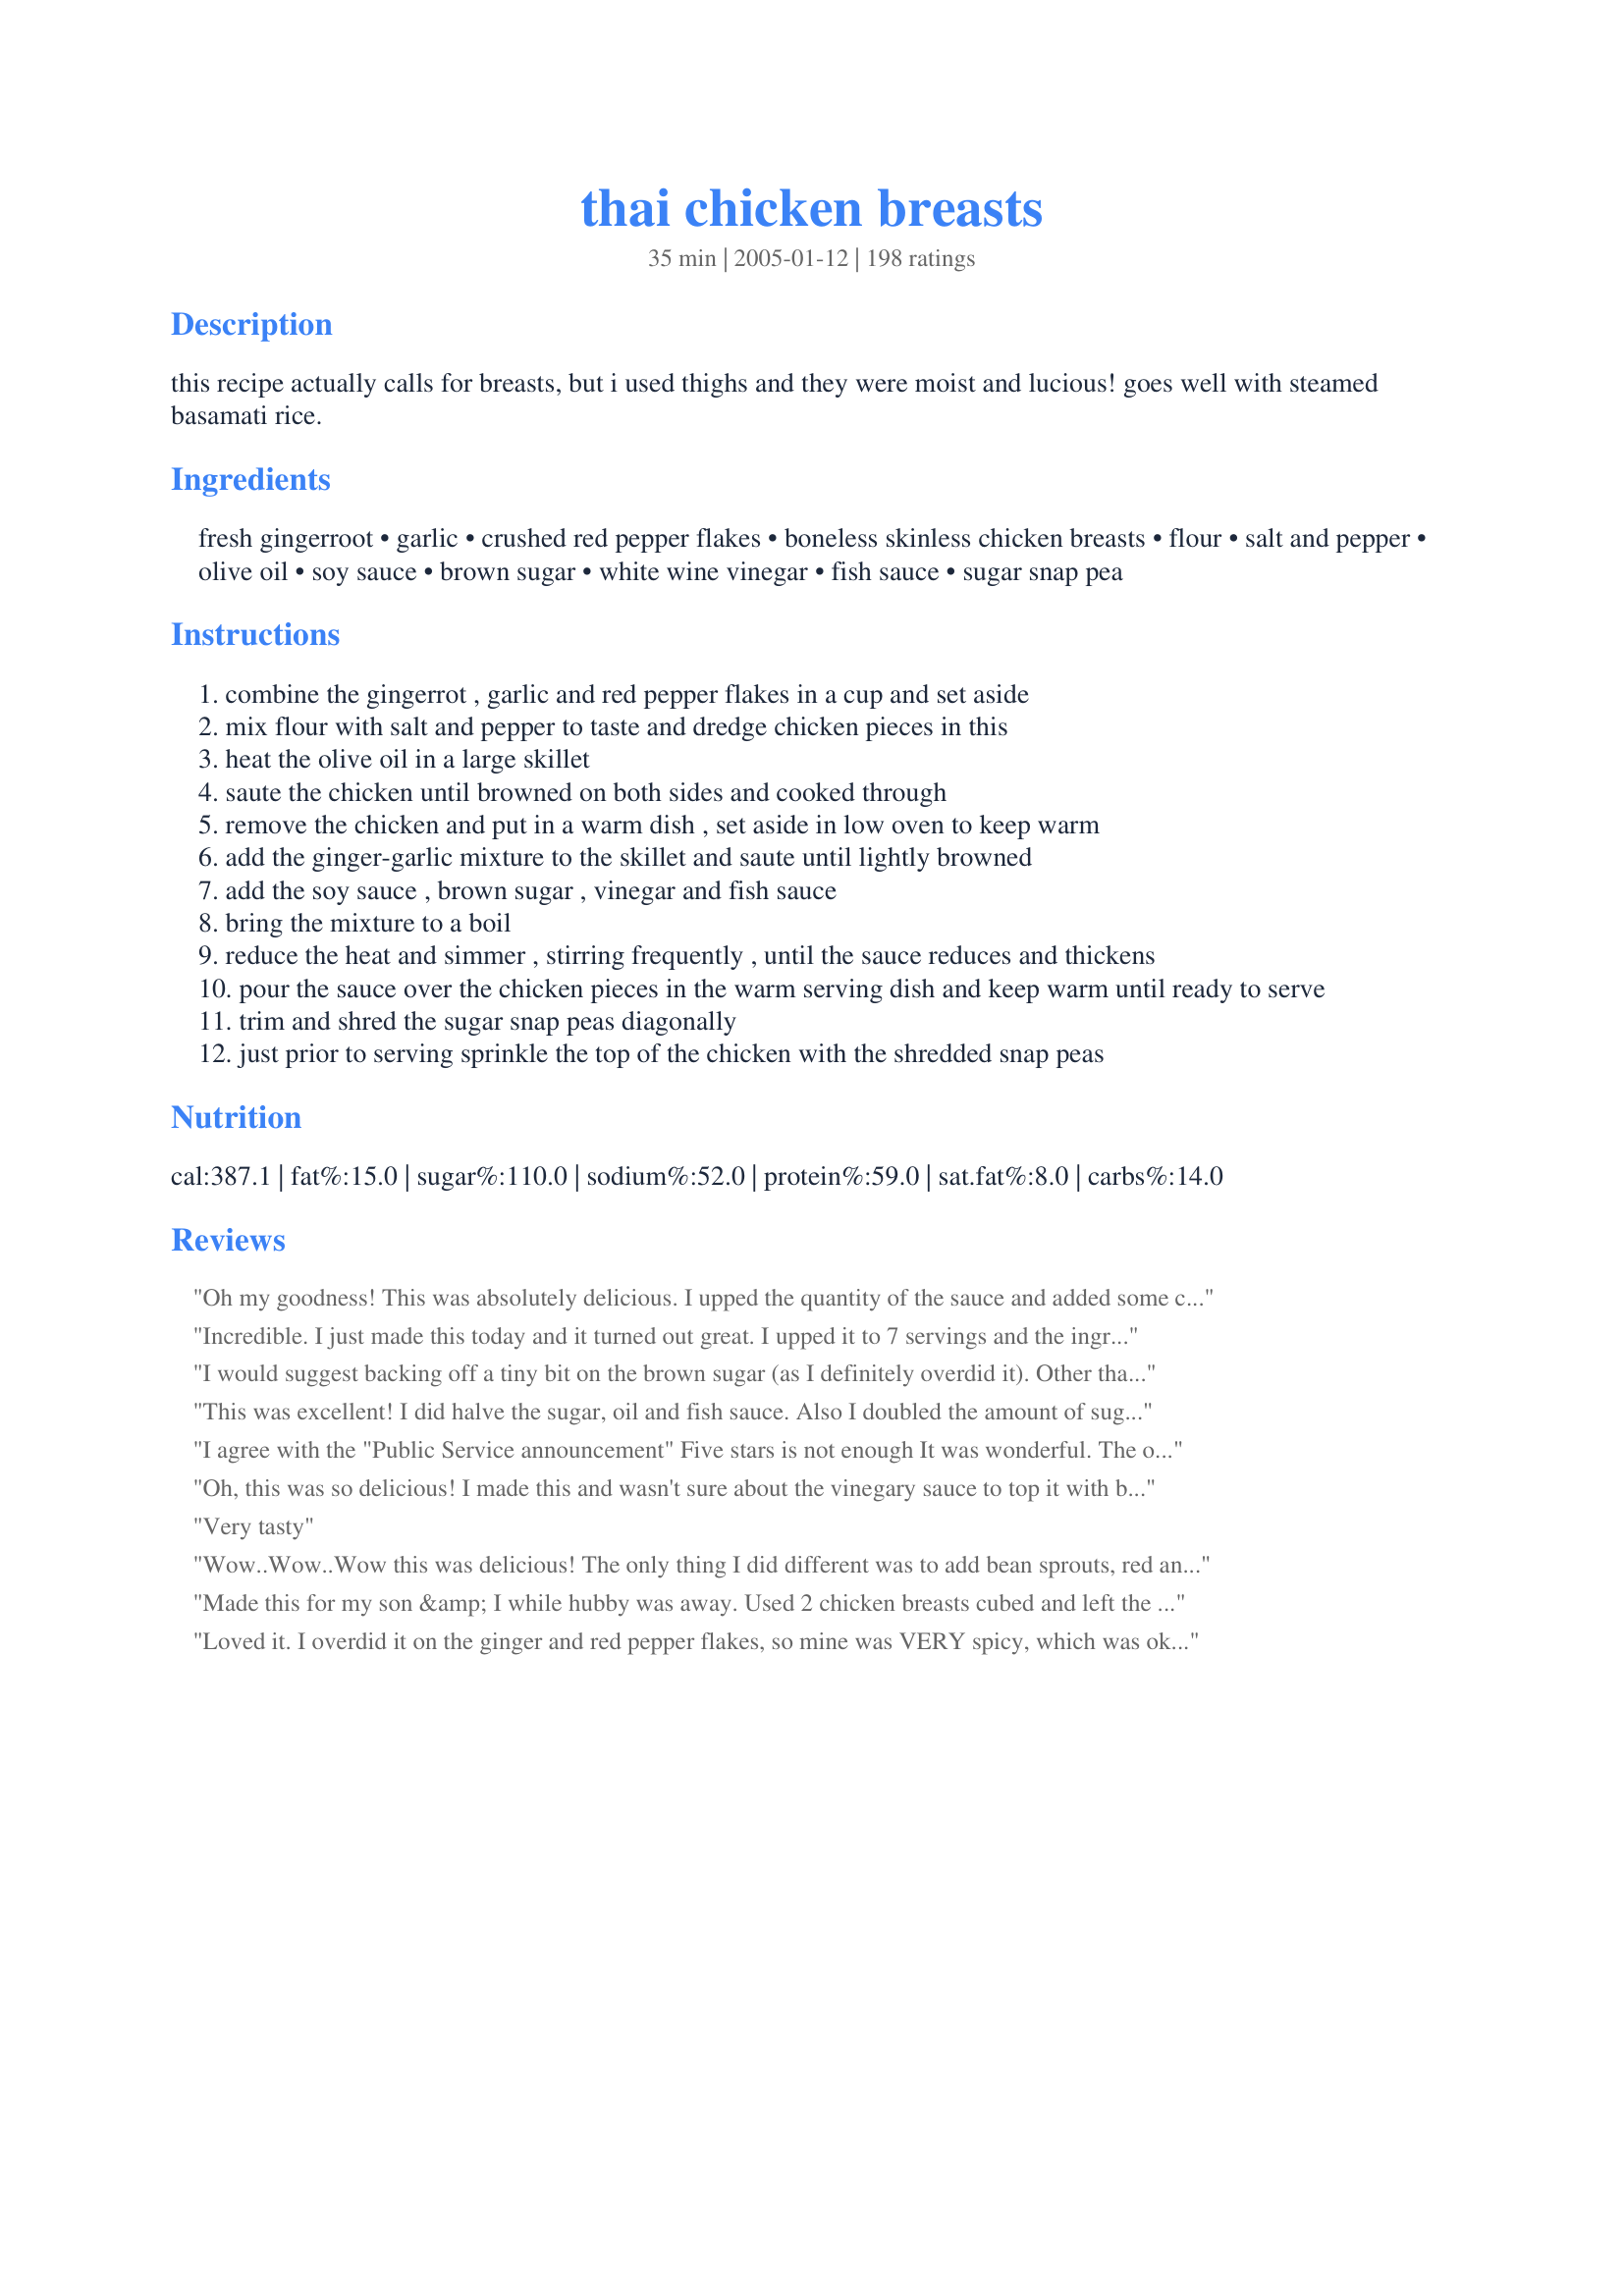
thai chicken breasts
Preparation time: 35 minutes

this recipe actually calls for breasts, but i used thighs and they were moist and lucious! goes well with steamed basamati rice.

Ingredients:
fresh gingerroot, garlic, crushed red pepper flakes, boneless skinless chicken breasts, flour, salt and pepper, olive oil, soy sauce, brown sugar, white wine vinegar, fish sauce, sugar snap pea

Steps:
combine the gingerrot , garlic and red pepper flakes in a cup and set aside
mix flour with salt and pepper to taste and dredge chicken pieces in this
heat the olive oil in a large skillet
saute the chicken until browned on both sides and cooked through
remove the chicken and put in a warm dish , set aside in low oven to keep warm
add the ginger-garlic mixture to the skillet and saute until lightly browned
add the soy sauce , brown sugar , vinegar and fish sauce
bring the mixture to a boil
reduce the heat and simmer , stirring frequently , until the sauce reduces and thickens
pour the sauce over the chicken pieces in the warm serving dish and keep warm until ready to serve
trim and shred the sugar snap peas diagonally
just prior to serving sprinkle the top of the chicken with the shredded snap peas

Reviews:
Oh my goodness! This was absolutely delicious. I upped the quantity of the sauce and added some chopped coriander and spring onions with the sugar snap peas. This is a definite keeper MarieAlice. Thank you!
Incredible. I just made this today and it turned out great. I upped it to 7 servings and the ingredients worked out fine. Like others have said, this dish deserves more than 5 stars.
I would suggest backing off a tiny bit on the brown sugar (as I definitely overdid it). Other than that, a delicious meal!
This was excellent! I did halve the sugar, oil and fish sauce. Also I doubled the amount of sugar snap peas. But there was still enough sauce to coat the chicken, peas and rice generously.

This dish does taste quite a bit like the much-loved Bourbon Chicken recipe on recipezaar. I love Bourbon Chicken but I think I like this dish even more!
I agree with the "Public Service announcement" Five stars is not enough It was wonderful. The only thing i did different was i used habanero chile instead of the red pepper flakes. This is definitely a keeper.
Oh, this was so delicious! I made this and wasn't sure about the vinegary sauce to top it with but it was so good. We loved it and the only thing wrong with it was that we didn't double the recipe. Thank you so much for sharing this with us it was delicious!!!
Very tasty
Wow..Wow..Wow this was delicious! The only thing I did different was to add bean sprouts, red and green peppers and then I combined all in the sauce and served. This was delicious and a definite keeper. First time using the fish sauce and was really impressed with it. Thanks Marie Alice for posting....will be on my exceptional recipe list....
Made this for my son &amp; I while hubby was away. Used 2 chicken breasts cubed and left the recipe as is for extra sauce. Did include the fish sauce (this is the ingredient that you don&#039;t want to miss in Thai food). We both loved it and my son asked if he could take the left overs for his lunch at school. Will definitely go on our regular list of dishes to make.
Loved it. I overdid it on the ginger and red pepper flakes, so mine was VERY spicy, which was okay, but it overpowered everything else. Still I will make again, as directed! I used peanut oil instead of olive oil. Did not have fish sauce, but I bet that would be good. Also did not have white wine vinegar, so I used cider vinegar. Good stuff, thanks!
This was pretty easy to put together. Good flavor and textures. I would probably want to double the sauce next time as there wasn't much to go around. Thanks for posting. This is something I would make again.
Bravo. I was looking for a replacedment to my bourbon chicken recipe and this is it. The sauce is very mouthwatering and the chicken was nice and crispy. what made the dish for me was the sliced snap peas which added an extra dimension of texture and fresh garden flavor.
Great recipe! I added extra red pepper flakes in mine as well. While my sauce was thickening I put the chicken in the oven for about 15 minutes at 350. Was very juicy. I have to admit, I was a little nervous when my eyes started watering when the ginger hit the pan, but the chicken was a winner in my house...even with the eight year old!
Whoever reviewed this and screamed, "MAKE IT!" was absolutely right. This was wonderful! Extremely yummy! I used a LOT more ginger and probably half again as much garlic, and it was great. I did use the anchovy paste, and think it made a difference. I'm just glad I made a huge batch (3 pounds of breasts and thighs) so we have leftovers for the next few days .... I didn't pound the chicken, but cut it up into bite-sized pieces. Thank you so much for posting this!
So simple and so tasty!!! Will definitely be making it again and again! I didn't pound the chicken, just sliced it instead. Otherwise, followed it to the letter, using fish sauce.
Very good! I doubled the sauce recipe because I used 5 large chicken breasts from Costco. The small amount that was left after dinner was cut up and and thrown into the leftover noodles with spicy peanut sauce the next day. My kids loved it!
Oh man! This is absolutely awesome! Definitely deserving of more than 5 stars. I doubled the sauce so there was plenty to pour over the rice. I can't say enough how insanely delicious this is. This is definitely going into my regular rotation. Thanks for posting!
Thanks to I Recommend Tag Game I came across this recipe to try. To us this recipes is worth trying! Very easy to make in no time at all. The raw snow peas complimented this dish. Looking forward to trying this dish again.
This was very nice! I liked it a lot and the kids did too. I used a whole bag of skinless boneless flash frozen thighs from Trader Joe's and had enough flour coating and sauce. I cut the chicken into bite size pieces for this and I sprinkled with chopped scallions before serving. It was tangy for sure and we served it with rice too. Thanks for a different chicken dish!
Delicious! My husband even commented the next day how good it was. I used ground ginger (1 tsp) because I didn't have fresh. I doubled the sauce as suggested by many. My company thought they would cut the chicken breasts into bite sauce pieces so more of the chicken would be in sauce! Thank you again for a "keeper".
Such a strong flavorful recipe! Must double the recipe as others mentioned otherwise you will not have enough sauce which makes the recipe. I don't like ginger so we omitted it but didn't make a difference. If you like spicy food, than you can be generous with the red pepper flakes. The snap peas are a nice touch which I threw into the sauce just a few minutes before it was ready. Served with white rice which is a nice balance.
We just went to a thai restaurant last week - this was just as good! Everyone loved it and raved about it! Amazing! I used ground ginger (1 TBS) and cut the chicken up into bite sized pieces and stirred those around in the sauce, served over rice.
I loved this meal. It was quick and easy. I made extra sauce and made rice noodles with it. This is going in the keeper file.
Very good. I took advice from other reviewers and cut up the chicken breast into bite-sized pieces and doubled the sauce. Also, I find that chicken breast can get dry and tough when fried, so I changed the cooking procedure to this recipe by first sauteing the chicken pieces and then adding the remaining ingredients directly into the frying pan with the chicken still in the pan. I boiled down the sauce and stirred the chicken in the sauce frequently. That worked out well, as the chicken pieces absorbed some of the sauce and were fork-tender when done. My kids and husband asked me to make this recipe again. There is something missing to this sauce, though--maybe pineapple or orange juice? I'll be making this again and will find out. I served this meal with white rice and black beans (the Goya recipe on the back of the Goya black beans can; it's the best black bean recipe). I will use this recipe often!
Fabulous! It looked yummy and my DH really loved it! Easy and quick, this is a winner! Thank you MaryAlice! I'm glad you were in my group for Photo Swap#4!
Absolutely delicious! I took other reviewers' suggestions and substituted green onions, sliced diagonally, for the sugar snap peas. I served these over jasmine rice with a side of edamame. I'll be making this dish regularly from now on.
We devoured this chicken! I'd like to be interesting and say I changed a bunch of things but I didn't change one thing! This will be made a lot in our home from now on! Thanks for posting a keeper!
I had this recipe in my box for a very long time and finally got around to making it tongiht. It was delicious! I didn't have any fresh ginger so I had to use a little more than 1/4 teaspoon dried. Also I didn't have white wine vinegar or sugar snap peas. I substituted Korean apple vinegar and served broccoli on the side. We all loved it! Thank you!
Excellent dish - bright, bold flavors and easy to make. We also made Jasmine Rice and it was a big hit with DH. I blanched the sugar snap peas as we don't care for them raw, and they were a very nice addition. I'll probably try just a little less vinegar next time, but it was very good as written. Thanks for a great addition to our weeknight dinner repetoire! KK
This was just wonderful! I have been instructed by my dh to keep this recipe close at hand. Thank you very much for a recipe we are sure to make again & again.
Not lacking any flavor that is for sure. We just didn't particularly care for the flavor and found it to be a bit overwhelming. But I will try this again making some adjustments to tone it down some. Thanks!
Very good! DH and I completely enjoyed this, I will be adding this to the rotation.
Very easy and VERY good! Thank you!!
-=Public Service Announcement=- If you come across this recipe - MAKE IT! MarieAlice - 5 stars are not enough! It is the perfect blend of sweet and sour. Impressive to serve and easy to prepare. I made the recipe with chicken breasts and served it over Pandan rice. The only replacement I made was with the white wine vinegar - I substituted that with my own homemade Ginger Vinegar. There is not much more I can say about this recipe except that is was just delicious and will become a standard dish made in our kitchen.
Wow!! This is a great recipe.
Went together easily and tasted
sooooo good. Thanks Marie Alice!!
Too sour for us so I'll be using only 1/4 cup of vinegar the next time.
I essentially followed the recipe, doubling the sauce. Chicken was very tender, but I didn't love the sauce. I think less sugar--and I like things sweet, and less vinegar, if I make it again, which I doubt. It was a fair amount of work and there are better meals for the effort.
Delicious! The chicken was perfect. I forgot about the sauce for a little while though so it thickened to a glaze which was absolutely amazing once I thinned it just slightly with a tablespoon or so of water. Fantastic.
Very good!
I did add just a bit more red pepper, not much, but I like spicy. However, the overall taste didn't change at all. I though it was very good. Followed exact except for the garnish of the peas. I love them sauteed, so I used them as a side dish sauteed in sesame oil and garnish the chicken with fresh cilantro since I had a ton in my herb box. It was very good with the chicken.
I used fish sauce in mine because I had some on hand, but anchovy paste, which I also had would of worked well too.

I though it was excellent. And the peas would of been great as a garnish, I just love them sauteed, but they would of been very good as your recipe states.

On my list and will certainly make again. Would be excellent with thighs as well. Nice recipe thx
I doubled it as most have suggested, but found it too salty from the soy sauce. I would make it again, but use less of that. I'm not sure if soy sauce is different in the US than UK where I am. However, my family loved it.
This was delicious!! It will become a regular. I served it over white rice. I also added 1 bunch of green onions cutting the green portion into 1" segments and tossing them with the chicken in the sauce for a couple of minutes at the end. I didn't add the snap peas. My hubby thought it was great also.
WOW!!! This was so good, words cannot describe how yummy this was. The only thing I changed was instead of crushed red pepper flakes (can't get them here) I used 1/8 teaspoon of chilli powder. We served it on Buttered Wine Rice. Thanks for a excellent recipe :-)
I'm so glad that I paid heed to Carla's "Public Service Announcement" and made this dish! Its quick & easy, perfect for a weeknight meal, but special enough to serve to company. 
I omitted the snap peas as they're difficult to find in Canada at this time of year. I paired it with Thai Noodles With Spicy Peanut Sauce (#99918) made with frozen mixed Thai style veggies. Thanx MarieAlice - we will enjoy this another day!
great recipe....we enjoyed it and I am glad I doubled the sauce...
Absolutely a 5-star recipe - - worthy of serving for a special occasion meal or for company, but easy enough to have any day of the week. Great flavor - - just the right amount of ginger, not too overpowering. I highly recommend using fresh ginger, it makes a big difference. The crushed red pepper flakes gave the dish a nice heat. I did not add fish sauce or anchovy paste and we didn't miss them. As recommended, we served over basamati rice and sprinkled the dish with the sugar snap peas which added a refreshing crunch. Thank you for such a great recipe!
This was a fantastic dish! Something different from the everyday meals I make around here. Thanks!
Excellent Chicken! I followed the recipe and it came out great! My boyfriend also loved it.
Great! I used gluten free flour, coconut sugar and coconut aminos, as well as coconut oil to fry the chicken. I loved it!
Really, really good! I replaced one of the tablespoons of olive oil with sesame oil for a little added flavor.
lovely recipe - I added a few more chilli flakes and served this with noodles. Will definitely do again. Thanks!
This was very easy and delicious! I used skinless bone-in thighs, browned them, topped with the sauce and finished in the oven. the last ten minutes of cooking time I sprinkled scallions on top. I used 1 tsp ground ginger because I didn't have fresh and I used jarred garlic. I would definitely try to use fresh of both ingredients next time. I also would add more red pepper flakes, there was no heat for me. Everyone raved about it. Thanks for a great recipe!
I actually made this more like a stir fry. I cooked the chicken as called for. Saut&eacute;ed some broccoli, celery, and carrots. Then I cooked the sauce and mixed it all together. It was amazing! I don't car for snow peas so I left those out but you could easily use them too. This was definitely a winner with my husband and 3 kids (ages 3, 6, and 8).
my bf loved it!!!!!!!!! thanx a lot.... :)
This was a sensational recipe not just because of taste, but also the ease in preparing something that taste so delightful. My 12 year old son and I prepared this together. I did not have white wine vinegar and after surfing the net I made a decision on a substitution. I mixed equal parts of rice and apple cider vinegar. I gathered that although rice vinegar was fine it did not have the acidity of ww vinegar. Not sure how the sauce was supposed to taste but the combination of both vinegars produced a result we could not stop talking about. Thanks! LOVED it!!!
I loved the flavors, but it was a bit too sweet to me made as is. Next time I'd use 1/2 the sugar and double the sauce to have with rice or thai noodles.
I was in a hurry to fix dinner and had all the ingredients except the snap peas. Served it with drained top ramen noodles cooked with green onions and grated carrots. It was so good, my hubby raved about it. A GREAT EASY dish. Thanks
We really enjoyed this recipe - even pinned it on Pinterest. I didn't have any veggies to put into it, really sad cause it is September! But no snow peas or anything to put in it. But it was still really yum served with Jasmine rice. Thanks for sharing it!
I made this last week, and my husband and I really enjoyed it!! We had it 2 nights in a row. We didn't have fish sauce, but I used oyster sauce instead. Yum! What a treat. We had ours with jasmine rice and broccoli. The sauce is great with the broccoli too! Thanks!
This was really good! I made it exactly how it was posted but I did serve the peas sauteed as a side dish instead of on top of the chicken. I also served with rice. The sauce was good on the chicken, the peas and the rice! I thickened the sauce with a little cornstarch and water. I had all the ingredients on hand which I LOVE in a recipe. This is a keeper!
Nice blend of flavors. We enjoyed this dish very much and will be making this again. Only change I did was to use rice vinegar instead of the white wine vinegar because that was what we had. Thank you for posting.
Wow! This is excellent! Didn't have mangetout so substituted green beans as a side veg. . Served with Basmati and wild rice. Easy to make, and tasty - what more could anyone ask for? Thank you for posting.
We really enjoyed this meal. I did not have fish sauce so I used some Hoisin that I had in the fridge. Also added green onions and used rice vinegar instead of white wine. My DB loved it, I thought it was a little sweet, so next time I will cut down on the brown sugar and add some more spice. Very good recipe!
I have now made this dish for visiting friends and family three times. All guests have bern praising it. Add steamed rice or noodles together with asian inspired vegetables to make it a filing meal.
Great! My fiance and I both loved it!
I saw this in the "review" section and since I was having chicken breasts for dinner tonight, I decided to make it. FANTASTIC! The sauce really brought this meal to life! Not having gingerroot handy, I subbed red onion, chopped, and didn't use the optional fish sauce. With broccoli and river rice for a complete meal.
Holy Smokes! Give this one a 10 star rating (but I didn't use the fish sauce or anchovies) - My picky husband said not to loose this recipe - we ate the whole thing and he was looking for more. Thanks to my son for pointing this recipe out - he and his wife loved it too!!
Superb!! My husband and I thoroughly enjoyed this. My 6.5 month old liked her small pieces as well. We didn't have any white vinegar so we just used white wine. I cut the chicken into thin slices instead of pounding it as well. We did substitute fresh garlic and ginger for garlic and ginger powder and it was still awesome. We also omitted the fish sauce/anchovy paste. Instead of the sugar snap peas we had fresh green bean sauteed in butter, garlic, onion flakes and salt and pepper to taste. This will definitely be a keeper. Thank you MarieAlice
I love this chicken! The sauce is perfect, and the sliced snow peas are a perfect, refreshing garnish.
I halved the recipe, and it was great! Not a lot of time needed to make this dish. Next time, I will use a portion of the sauce as a marinade.
WOW really phenomenal meal and outstanding quality I got an A for this meal for food tech THANK YOU SO MUCH!!!!
This is very good. I had to halve the garlic for my non-garlic eater, and used powdered ginger in place of fresh, because that was what I had available. (I used about 1/2 teaspoon, plus a bit extra)

Even though I used filets, the chicken browned more quickly than it cooked all the way through, so I heated the oven to 375 (farneheit) and left the filets in there to cook while I made the sauce. 

I then put the filets in the sauce and continued cooking (I'm gonna guess for about ten to fifteen minutes) turning occasionally. 

This is a very good dish...even if you change it up a little for yourself. *lol*

p.s. (I wouldn't add salt to the floured chicken again...even though I used low-sodium soy sauce, it was a bit salty.)
This was really tasty!! The only reason I'm giving 4 instead of 5 stars is because I thought the flavors had a more Asian/Chinese flavor than Thai...other than that, they were great!
Very delicious!! Authentic thai flavor!! I ran out of white wine vinegar, so I used half rice wine vinegar and half white wine. Came out great! I served it with jasmine rice and broccoli.
I made this with tofu and was pretty impressed - I like the flavors of the sauce, although the ginger was a bit overpowering for me. Thanks for sharing!
As one other reviewer said, if you come across this recipe, MAKE IT! It was beyond easy and so tasty! I skipped the whole flouring step b/c DH and I were in a hurry and it was still outstanding! I also used low sodium soy sauce and I really can't say enough about how good this is. Don't let the fish sauce scare you away! I'm not a big seafood/fish person, but the fish sauce is a MUST. This would probably still be good w/o, but you wouldn't have that little something different that makes this unique and gives it that "Thai" flavor. I've already given this recipe to a friend and was super tempted to make this the night after we first tried it. This is SO in the rotation now! Thanks MarieAlice! GREAT recipe!
Great recipe - I used boneless, skinless thighs chopped into cubes and didn't have the snap peas so instead used green onions. For our personal taste I did increase the fish sauce to 1 tablespoon and also the chilli to 1 teaspoon. This recipe doesn't creat much sauce, more a coating for the chicken. Top marks for a quick and easy dinner. Thanks MarieAlice!
I am so glad that I found this recipe! It was easy and very flavorful. Both my 9 yr old and my BF loved it and remarked several times how good it was. I am not a huge fan of dark meat either but I thought it would work best with the quick cooking method so I purchased organic boneless chicken thighs. I topped the chicken with green onions and served it with jasmine rice and Thai zucchini recipe #19012. Awesome meal, thanks!
Excellent! I love the ginger and garlic combination - added tons! The did add fish sauce and it was a pleasant addition, but if you're not familiar with fish sauce, I would omit it. Very easy to put together!
I thought I had reviewed this but I guess not. Loved everything about it, chicken was nice and juicy, sauce had great flavor! Thanks,
Yum.. this was wonderful. I turned this into a stir fry. Chopped up the chicken, left out the flour, used snow peas instead of sugar snap peas, added some shredded cabbage and water chestnuts. I think I also might have gone a little lighter on the brown sugar. Served this over noodles. I didn't have any white wine vinegar so I used rice wine vinegar.
The flavor in this dish was incredible. Only changes I made were based on some of the comments I read. I used low salt Soy Sauce and cut the chicken into chunks rather than use breast. I also prepared the sauce as if I were using 6 servings / Chicken breasts but only used 4 breast. It came out amazing. I also used Scallions to top it off. It was a big hit, thank you Tasty Tidbits!
Great flavor... was thoroughly enjoyed by a table of unadventurous guys so that's saying a lot :) Just wish the sauce had reduced more to make it thicker... any suggestions would be very welcome! Only changes made were that I used sliced green onion instead of sugar snap peas and did not dredge the chicken before frying. Will make again, thanks!!
Wow, this was delicious. We'd give this 10 stars if we could! DH and I loved the combination of flavours. We used chicken thighs and served it with Japanese rice, green onions and sesame seeds instead of the snap peas. Next time I will double the sauce so that there's extra! Thanks for posting!
My husband LOVED this!
This recipe is great and very tasty??the only thing I added to the recipe is some broccoli florets and shredded carrots because I love the combo. I meal I will definitely make again?
My DH gave this a top review, loved it! I enjoyed it a lot though sweet and sour is not my favourite (just a personal preference.) It is an excellent dish regardless. I doubled the recipe and tripled the sauce with a couple more dashes of chili pepper. I garnished the dish with a chopped bunch of cilantro. Chopped some sweet red and yellow peppers into thin strips, sauteed in olive oil. Dish looked beautiful and was packed with flavour. Served with basmati rice and steamed broccoli, great dish for a nice dinner for guests.
What a great recipe!! I didn't add the crushed pepper ('cause I'm a wimp) or fish sauce (didn't have any), used snow peas (more than a cup), and it was still just lovely. I cut back on the brown sugar a bit and served it with jasmine rice. I'll definitely be making this one again - quick, easy, and, oh, so tasty!!
Fabulous and Fast! Loved the taste and it went together so easily. Made it for a company dinner and was able to prep things so that it was done in a flash and didn't need any of my concentration while visiting with my guests. They all loved it! DH said it deserved more than 5 stars! (Disclaimer: I didn't have white wine vinegar and substituted apple cider vinegar. I thought it was really good but I'll try it the correct way next time.) We'll be making this again and again. Thanks.
YUM! A new staple. Husband won't stop raving about it. I made this with the breasts, served w/ brown rice, regular old peas, and green onion to garnish. YUM!
Really, really good. So fast and so easy and another great way to make chicken. I've tried a couple of thai recipes and this is so far the best one. I used red wine vinegar because thats all I had on hand but it still turned out great. Thank You.
As the others have said, this is a great dish. We have made it twice already, and served it with rice and vegetable spring rolls. We had ample sauce for the two of us (enough for 2 chicken breasts and over the rice), but if there had been a bunch of us, there would not have been enough. I followed thee recipe exactly with one small change... I added extra red pepper flakes, and did that ever give it some zip! Over all, a great dish that is a keeper.
I grilled the chicken and prepared the sauce separately, adding about 1 T. of cornstarch to thicken. I served over an Asian salad. It was delicious!
Excellent recipe. I used chicken tenders and served with a vegetable stir fry. Will be making it again soon.
Let me take Carla's PSA a step further. If you are lucky enought to stumble upon this recipe and don't make it, you're a fool! A simple way to make something that is not everyday. Thanks to my sister for pointing me to it.
I knew this was going to be a winner when my husband called up from the basement, "What smells so good?" I made this with chicken thighs and let it simmer in the sauce while I cooked the basmati rice. This was my first taste of Thai food. I am now looking forward to trying other Thai dishes.
The flavours have nothing to do with Thai. Tastes like vinegar. Horrible.
Thanks for sharing blue rose! Made this dinner for two tonight. The sauce is so delish! While cooking it it makes the most lovely fragrance. I did not use the fish sauce and used rice wine vinegar instead of plain vinegar. Followed the recipe exactly. It's a keeper.
Like this needs another rating, but... this recipe is amazing. SO flavorful and SO delicious. We don't use fish sauce... just melt 3 or so anchovies into the oil, and it's perfect this way. Instead of the sugar peas, we slice up some green onions for a crisp, fresh garnish. Delish!
We really enjoyed this incredible recipe! Loved all the mix of flavors as it made for such a tasty dish. Made as instructed and will certainly be making again and again, I can guarantee that! Thanks so much for this lovely Thai recipe MarieAlice! We loved it! If you haven't made this yet you don't know what your missing! I'm telling you it is TDF!!!
Absolutely fantastic recipe. I am very happy with this recipe. I feel that this is a better than restaurant dish. I found it easy to make. I did cut the chicken into pieces instead of keeping the breasts whole. My dish ended up looking like Trishypie's and it was delicious!
These are great! I know this is a very "un-thai" thing to do, but it tastes great with alfredo and pasta! I use it with recipe #76 and it is amazing (see picture). Thank you for the recipe!
This was nice. I cut the chicken into cubes like others. Made for All New Zaar Cookbooks Tag.
A great addition to our household fare!!! Quick and easy to make, ingredients pretty well staple in our household, served with brown rice and steamed green beans, excellent. The one thing I did differently was to cube the breasts, rather than serve them whole. As another reviewer said, next time I'll double the sauce, simply because we enjoy a more 'saucy' dish, but even so, WONDERFUL :D
My 5 year old niece helped me make this. She is such a picky eater, but she couldn't get enough! It was fantastic! And so simple to make!
That was Delicious, a real Thai-Chinese taste! I guess, I will put a bit less of a red pepper flakes next time, as it was a bit spicy,..But, 5 stars for such delicious recipe! THANKS.
this was excellent!
I did not use the fish sauce, and did not feel that anything was missing.
for my family, I think it should be a little hotter... I may try it with a little sriracha next time, or else just add more pepper flakes.

Thanks!!!
This was so good. I was a little leary of all that ginger, but I did use the full amount. I only used 3 cloves of garlic, I also cut back the oil and reduced the sugar/vinegar to 1/3 cup. It was SO, SO, SO good. Really cut the chicken boredom....
I use this recipe as a marinade for both chicken or pork chops. I eliminate the flour and use 1 1/2 Tbsp. of olive oil and 1/2 Tbsp. of sesame oil. I use chicken thighs, bone in or pork chops, bone in and marinate the meat in the mixture for several hours. This is great when grilled or on top of the stove.
This was very good! I used rice vinegar instead of white wine vinegar because I didn't want to go to the store, and it came out a bit vinegar-y. But, that could be from the variation. I put the chicken breasts back in the sauce after it began to simmer, and allowed them to soak up the flavor while they were continuing to cook. I also sprinkled sesame seeds on the dish. Even picky DH ate it up! Overall, I wasn't blown away because this is similar to other recipes I've made, but this is an easy and quick dish that we will make again for sure! Very yummy! Thank you!
Absolutely amazing! Definitely make this dish with fresh ginger, not ground ginger! The aroma when you grate the ginger is so invigorating yet not overpowering. Altered the recipe a bit: I chose to mix all the ingredients as a marinade for the chicken, let it sit in a gallon bag for about 10-15 mins, and then added it all to a skillet.
Used fish sauce (patis) and replaced the white wine vinegar with rice wine vinegar. Also added a few drops of sesame seed oil to the mixture as it adds a nice slight smoky flavor. This is so delicious and easy to throw together for dinner!
When I find an interesting recipe I usually read reviews. I haven't till know responded. Usually if its good there are enough responses in favor. But this one was different. Its so good and easy I had to comment. I have made this now for 6 months. I've used fresh and ground ginger. Both work but fresh is the way to go. I have whoever changed to bite size pieces from a boneless skinless breast. It hit a on every note, sweet, salty, acidic and heat. On my rotation for sure.
really yummy sauce - I grilled the chicken (not breaded) and then spooned the sauce over it. served with jasmine rice. delicious!
We really enjoyed this dish! Full of great flavor... I will be making again! Thanks for sharing!
Outstanding. One of the best meals I've had in a while. Followed the directions almost exactly. I used Rice wine vinegar and added more garlic. A must try!
Wow! So good and so easy! Made enough for 2 and doubled sauce. My DH who swears he hates all Thai food went nuts for it! Dang, now I don&#039;t have leftovers for lunch tomorrow. ? Thanks for such a great recipe!
i like it because of the way it looks and i can make it for my grandmother because we are thai and we only eat thai foods
i loved this. my family on the other hand claimed flavor was too strong. maybe for them i'll cut back on the ginger and for sure use lite soy sauce.
I liked it, but it was a bit too salty, which was probably my fault for using white cooking wine instead of vinegar, the latter was probably a better option to mitigate the soy sauce. I cut the chicken into bites and added it back to the pan once the sauce thickened a bit, after that I kept cooking till the sauce thickened completely.
This is by far the best sweet/tart sauce I have tried in a recipe it is wonderful and the ginger really comes through. I didn't have any snap peas on hand so I used green onions this will become a regular recipe at my house.
This was a very tasty chicken dish...four stars because we thought it was a tad too sweet.The texture and flavor of the chicken was really tasty.Served it with sugar snap peas and brown rice.I did heed the advice of others and doubled the sauce so there was enough to give the rice a nice flavor.A good meal the hubby really liked.
This recipe is SO YUMMY. I love the flavour and the peas just make it so fresh and yummy.
love love love
I am ALWAYS looking for ways to add flavor to chicken breasts as I get bored with chicken. This was awesome, easy, and I always have the ingredients on hand! When I made this I halved the sugar - next time I think I'll try adding more hot pepper flakes to give more spice to the sweeter flavor. I will use this recipe regularly. :)
Oh my these are so good. Just the right mix of sweet and spicy. I did use thighs instead of breast as that&#039;s what I had and besides I like them better and cut them into chunks so they&#039;d cook faster and the spices could get through them easier. Turned out with just the right mix of sweet and spicy, and the sauce is to die for. It&#039;s going to be a favorite of mine. I think it&#039;d be perfect served over steamed rice, I had Thai Rice Cakes left over so used that as a side.
Outstanding flavor! I just cut the chicken into cubes, browned slightly and finished cooking with 1/4 cup of water, lid put back on to produce steam. It held well in the oven at 200 degrees while the sauce finished. I used low-sodium soy sauce.
A very nice chicken dish! I too used thighs as we prefer dark meat. I doubled the sauce 'just in case' but otherwise followed the recipe. Will definately make this again.
Very good and moist. I used two breasts but kept the recipe the same for the sauce. To save time I prepped all the sauce ingredients while the chicken was cooking. Quick and easy enough for a weeknight meal.
I doubled the sauce, because I could tell by just looking at the recipe that it was one I would fully enjoy and I was right! The extra sauce was good over my brown rice. Excellent recipe Marie and one we will have often! Thanks for posting it here for us!
I had to cook the chicken one at a time cuz the chicken was so big. next time I will pound it and then cut it into pieces to make it faster..very good thanks for the recipe
Made these using a mixture of breasts and thighs and was delighted with the results! These were really delicious and I know I will make this often!
Yummy!!! I could not find any white sine vinegar so I just used all white cooking wine instead and it turned out great. I also doubled the sauce amounts as people suggested. Thanks for posting.
This made a great and fast weeknight dinner.
This was very good. I made it as directed, and even my 4, 3, and 20 month olds gobbled it up. I had to leave the peas out, as my daughter is allergic to them, so I think next time I will add spinach or broccoli to replace them. Thanks Marie!
This was good. My husband even requested that we try the sauce with beef sometime because he was quite fond of it. I browned the chicken breasts on each side and then finished them off in the oven to keep them moist and it turned out beautifully. Thanks for posting.
Forgot to rate these when I made them a few weeks back. So here I am! My husband loved these, and so did I. Very quick and easy to make when I've got nothing else planned.
loved this! so easy and quick to make. I didn't have wine vinegar and used a mixture of rice wine vinegar and white. I didn't pound the chicken and used chicken bought in strips. Added chopped green onions.
This is delicious!!!!!! Husband does not eat sugar snap peas so i served with a side of steamed broccoli- i substituted splenda brown sugar for the regular and used light soy sauce to make it a bit healthier. It was delicious. If you are reading these reviews stop and just make this!!!
Wow!! This recipe was just wonderful. I loved that it was very easy to make, and the family just loved it!! I will definitely make this again. I did have to substitute cider vinegar for white wine vinegar, but it turned out just wonderful. I also garnished with green onion and cilantro. Very tasty, thanks for posting.
The sauce is incredible! I was a little worried that since the chicken is not marinated the flavors may be lacking - but that was just wrong. I used fresh snap peas from the garden and served this over lo mein noodles for an excellent quick dinner.
LOVED this! I used rice wine vinegar in place of white and also added siracha sauce for a little heat. I made stir fried veggies as a side and when they were done I stirred in some of this amazing sauce. Made it to my book #269572
This was so good and very easy to make. I didn't have sugar snap peas, but I think I didn't miss anything w/out them. Served this with rice, steamed veggies.
Excellent!
We inhaled this chicken and have been eating the leftover sauce for the last 3 days!! It will be added into the starting rotation of dinners. Amazing, amazing, amazing! Made it with thighs and forgot to add the red pepper flakes (oops :-) but it was great anyway.
Just OK for us. I've gotten so many really great recipes from the Zaar for all types of asian cuisine. We ate it, it was tasty, albeit a little salty for our tastes...just slightly underwhelming.
Its an effort not to make this dish every night! I absolutely love it. It works well with regular vinegar, as I do not always have white wine vinegar. I enjoy cutting the breasts into lots of bite sized chunks before dredging in flour and sauteing. I also add the (cooked)chicken to the sauce before it has fully thickened and simmering it for a bit as the rice finishes.
I didn't know that I didn't review this! I've made this a few times and I love the addition of the sugar snaps! Now I add fresh sugar snaps when I have them on hand to my meat! :D
I made the sauce as written; just doubled it, and it was waaaay to vinegary for me. I had to add quite a bit more of the brown sugar just to make it palatable. Evidently, this must be just me. I tend to be sensitive to sweet ingredients and sour ingredients. If I were to make this again, I would sub chicken broth for some of the vinegar. I too cubed my brined boneless, skinless chicken breast, cooked as written, and they were delicious. I&#039;ve seen other Thai recipes that don&#039;t require as much soy sauce or vinegar that I think I&#039;ll try before I make this again. Sorry
This was okay. I just think there is too much vinegar in the sauce; two hours later I could still feel the taste of vinegar in my mouth (and that after dessert too).
Tasty! Was a little tangy from the vinegar initially, but mellowed and even better for leftovers the next day. The chicken was very tender and delicious.
My husband and I loved it. The sauce is perfect! I used a few tbs. less b. sugar and used oyster sauce. I served over arborio rice. Thanks MarieAlice, for posting.
Roxygirl
this is awesome!
What more can I say about this recipe that hasn&#039;t already been said! It is quick, easy and absolutely delicious. I only used 2 breasts but kept the amount of sauce the same which was perfect. I used a little less then the 1/8 tsp. of red pepper flakes and believe it or not it was a bit too spicy for me! I am sensitive to hot spices but I never thought that amount would be too much. For me I would tone it down even more next time... my husband thought it was zingy. He also loved this dish and doesnt usually say too much about my cooking. I will definitely be making it regularly. The one other change I made was to use Splenda brown sugar and reduced it to a little more then a 1/4 cup and it was fine... might even reduce further the next time.
My hubby ?? it. It’s so easy to make &amp;amp;amp; very delicious.
Loved this recipe. Don't skip the fish sauce. I used chicken tenders instead of breast.
SO FLAVOURFUL! I used thighs also. I omitted the fish sauce & kept warm in the oven while I prepared the rest of dinner. The chicken was so tender there was no need for a knife. Will make again & again..
Thanks
I am convinced that this could not have possibly been more delicious.
I also tweaked the recipe by adding to the sauce ingredients and making it super hot. I had never had Thai chicken before so without having a frame of refrenece I loved it. My husband who is an expert in Asian food also loved it!
DH and I made this for dinner last night. Quick and easy to put together and the chicken was very moist and tender. We found the taste of the white wine vinegar to be very pronounced and overwhelmed the dish quite a bit. I am fairly certain that I followed the directions as posted, though I did not see this as being an issue based on others' reviews, so I am uncertain.
This is one delicious Thai chicken recipe! We all loved it here. We had it along with Recipe #206003. We used the sauce on top of Jasmine Rice, Stir Fried Veggies and Egg Rolls. The meal went together wonderfully and we will be having it often now that I have found these awesome reicpes!
I thought the flavor of the sauce was outstanding, and the chicken was pretty good. The chicken did not stay as crisp as I had hoped.
We inhaled this!! By all means, definitely double the sauce! The sugar snaps added a wonderful crunch. Loved it!
OHHHH! So tasty. I used 2 large chicken breasts, cut them in half length wise and pounded them to an even thickness. I used ground ginger (as I ran out of fresh), but only used 1 TBS. My husband and I ate everything. Delish!!!!!
My son fixed this for me using bone in thighs, it was awesome! Definitely one of my favorites. He also used a little cayenne in place of crushed red pepper. Can't wait to share this recipe with someone else.
So tasty! Made it for our family dinner, and other than chopping the garlic and ginger, it was a snap to make. Used chicken breasts that were sliced in half to speed up the cooking time, and glad I did since it cooked quickly and the kids were hungry. =) My daughter couldn't stop eating it! Did use 1 whole tablespoon of fish sauce and it MADE the meal taste so authentic Thai! A note that this recipe produced very little sauce, barely enough to coat 5 large chicken breasts, so I quickly made another batch of sauce and thinned it out with some water as it was a bit on the salty side for us. Will definitely make again soon!
Great flavor! Used 3 chicken breasts cut into bite-sized pieces, rice vinegar, and green onions in place of the snap peas. A little sweater than I would have liked, so next time I think I'll decrease the brown sugar and add a little more rice vinegar (and maybe some sesame oil). Different flavor and delicious!
very, very good, my whole family liked this, i will be making this often, thanks MarieAlice for sharing this recipe.
Tasty dish! I added a little more red pepper and used oyster sauce, as I couldn't find fish sauce. I used boneless, skinless chicken thighs cut in bite size pieces, served with steamed white rice and brocoli. DH really enjoyed.
Too vinegary tasting!!
Definitely tasty and worth trying. I used gingr paste and garlic paste and it turned out well. I find it to be a really tangy sauce maybe I'll add a pinch more sugar next time.
Absolutely a thumbs up for this recipe. I especially liked the ease of preparation and the fact that you do not have to plan ahead to allow marination time as many recipes call for. This is a must try for anyone who enjoys quick preparation with BIG flavor. Thank you Mary Alice for sharing this wonderful recipe.
Thankyou for a nice easy meal...I added red pepper and carrots and left out the fish sauce. I think this would taste great with the snap peas and I will definitely make it again! Thanks for a great new recipe.
Even though this has been reviewed a bunch of times, I had to post another review. This recipe was absolutely awesome. Can't wait to make it again. Thanks MarieAlice!
after reading the reviews i thought this would be great however it was just okay
This is a great recipe! So fast and easy and it has that wonderful Thai flavor. Since I didn&#039;t have red pepper flakes I used about a teaspoon of Sriracha hot chili sauce and seasoned rice vinegar to give the sauce an authentic Asian flavor. I used chicken breasts cut in bite size pieces, served over rice with the sauce and added some sweet peas and scallions on top. Thank you, I will use this recipe again.
I kinda modified this recipe a bit by adding some fresh basil and instead of addding red pepper flakes, I added 2 dried chilli peppers(diced) and some lime juice. Turned out great!
Yum Yum! What can I say that hasn't already been said about this chicken! Just really delicious. The glaze came out perfect, and very tasty. This will become a regular at our house. Thanks MarieAlice!
Excellent recipe!! Followed recipe exactly, using anchovy paste, and it turned out wonderful. Served it over Japanese noodles
Incredible flavor! the sauce is awesome. Best chicken dish I have made in a long time. Thanks a zillion
Oh my goodness is this a great recipe! I'm so glad I came across this dish. Just like all the other reviewers this is a recipe that you must make. 10+ stars from us. I prepared it as posted no changes needed. Served it with rice and recipe #107749. Excellent meal. One of the best that I have come across here at zaar! This will be made again no doubt about it. Thanks ever so much MarieAlice for posting.
Amazing recipe! I followed it exactly and this is one of those recipes I know I will crave! Very easy to make. The sauce is so good you might want to double or triple the amount for those ingredients.
very good, restaurant quality taste
Very nice sauce but as others have said not enough sauce. Easy and yummy.
Wonderful recipe. I used white balsamic vinegar as I was out of white wine vinegar. I double the sauce ingredients and added extra red pepper flakes. Everyone raved about the chicken all through the meal and ate every bit of it. When they ask when will you make it again while they are still eating, you know you have a hit! I served it with Calrose rice and steamed broccoli. Thanks for sharing such a delicious and easy recipe.
WE LOVE THAI & WE LOVED IT! We decided to use chicken thighs & unfolded them until flat. Our chicken was so tender & the sauce was perfectly balanced. We did make a few changes, we increased the red pepper flakes & while the sauce was simmering we added the sauted chicken. Thank you for posting this recipe, it's a definite gem!!
Kids loved it! Anti was easy to make! Will definitely make again
Wow! I made this last night in a desperate attempt to do something "different" with that old staple,chicken. I made enough for 8 of us, but 2 of my kids ate out. Still, there was not a scrap left! My husband and other kids let them know what they missed(several times!) I cooked the Basmati Rice you recommended, and although it is so different from the regular and flavored rice I've always made, it flew out of the pot too! My husband was hoping to have some leftovers to take to work for lunch. Oh well.... Will make this a staple recipe in my home. Thank you sooo much for posting!
Super!, a real winner! I used rice wine vinegar and the fish sauce. A real keeper. Don't be afraid of fish sauce, it isn't nasty or fishy in a recipe like this.
Yum! This was exceptional. Thank you for submitting MarieAlice
So good, and so easy! I used rice wine vinegar instead of white wine vinegar and added steamed broccoli. I used the extra sauce to stir fry the noodles. Thanks!
SO GOOD. I did exactly as posted. What a taste pleasure. I served it with one of Knorr Side dishes, their Thai Sesame Noodles and cucumber salad made with red onions, mayo and sour cream, splash of same vinegar used in chicken. DH ate all of his and about 1/3 of mine. I could have easily sat and picked and picked, but I was "tummy full" despite my mouth wanting more. He says this is a definite do-again, I agree. Thanks so much for posting.
What a tasty simple dish worthy of more than 5 stars. Made with chicken breasts and it was moist and tender. Thanks MarieAlice for another new family favourite.
Absolutely SUPERB! Aside from omitting the fish sauce, I followed the recipe to a T and this was one of the most delicious dinners I've had in a while. Thank you!
This dish packs a punch when it comes to flavor! I didn't have fish sauce so I substituted Black Bean Sauce - also didn't have White Wine vinegar so I used Rice Vinegar. When the vinegar hit the pan it made my eyes water and my nose burn - but, boy oh boy! It was great on the chicken! I didn't have sugar snap peas so I just sliced a red pepper thinly and we had that on top of the chicken. Steamed broccoli and rice were the perfect sides! My hubby loved it too - he gave me a thumbs up! We'll definitely make this one again. Thanks for posting.
Awesome chicken. I made half a recipe and served with Recipe #202678. DH said one of the best meals we have had.
Incredibly good! We are huge Thai food lovers and this is a great blend of flavors. I followed the recipe and used fish sauce. I agree, it's must. It is the perfect blend, not overly sweet. Served over Basmati rice, is there any other kind of rice? ;^P. I think if anything could be added, it would be sliced scallions at serving. This would be a great addition. This would make a great marinade for grilling as well. This is a keeper and I will be making again! Thanks MarieAlice!
This was amazing. I had some thawed chicken breasts that didnt seem too fresh so i ended up using skinned thighs. I doubled the ingredients for the sauce and mixed everything together instead of sauteeing the ginger and garlic alone. Used 1/2 cup rice wine vinegar and 1/2 cup white wine vinegar as thats what i had on hand. I added some scallions, siriacha and cilantro to the sauce as well. Brought to a boil in the skillet and reduced by half. Drizzled the sauce over chicken and white rice and topped with chopped cilantro. Was absolutely delicious!
Perfect mix of sweet and sour. Loved it!
I am joining the rest of the reviewers with a 5 star rating. Excellent dish. I did use boneless, skinless chicken thighs, well trimmed of visible fat. After browning, I drained off all the fat and then added a small amount of olive oil to saute the ginger, garlic and red pepper flakes. I used fish sauce as I had some in the frig. I did not have sugar snap peas so just chopped some green onions and sprinled on the top. Served with brown rice and broccoli. Thanks for posting MarieAlice.
PS I forgot to mention that I used the Spenda Brown Sugar blend and it worked fine. My husband is prediabetic so I am always looking for ways to reduce carbs and calories.
I cut the brown sugar to a tablespoon! I'm a diabetic and don't do alot of sugar. The kids loved it! I also used the Smartbalance oil and cut the flour! I added in Broccoli. I added 1/4 cup of rice wine vinegar. Because I had cut the sugar, tasted great so i did not add any more!
Absolutely fantastic recipe! I omitted the fish sauce and used low-sodium soy sauce and Splenda brown sugar blend, but otherwise followed the recipe exactly. My BF and I both had seconds because this was so wonderful! Better than most restaurants. Thanks for sharing!
